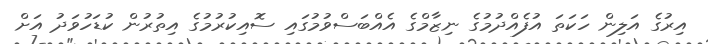
އިރުގެ އަލިން ހަކަތަ އުފެއްދުމުގެ ނިޒާމްގެ އެއްބަސްވުމުގައި ސޮއިކުރުމުގެ އިތުރުން ކުޑަހުވަދު އަށް